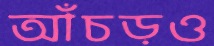
আঁচড়ও